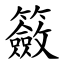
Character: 籢